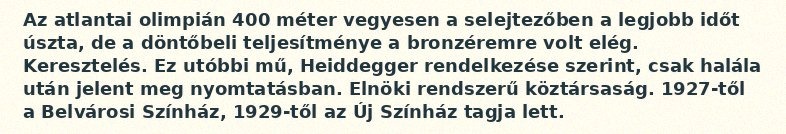
Az atlantai olimpián 400 méter vegyesen a selejtezőben a legjobb időt úszta, de a döntőbeli teljesítménye a bronzéremre volt elég. Keresztelés. Ez utóbbi mű, Heiddegger rendelkezése szerint, csak halála után jelent meg nyomtatásban. Elnöki rendszerű köztársaság. 1927-től a Belvárosi Színház, 1929-től az Új Színház tagja lett.